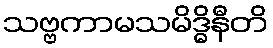
သဗ္ဗကာမသမိဒ္ဓိနီတိ